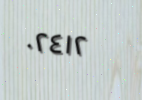
٠٢٤١٢